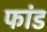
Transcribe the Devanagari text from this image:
फांड